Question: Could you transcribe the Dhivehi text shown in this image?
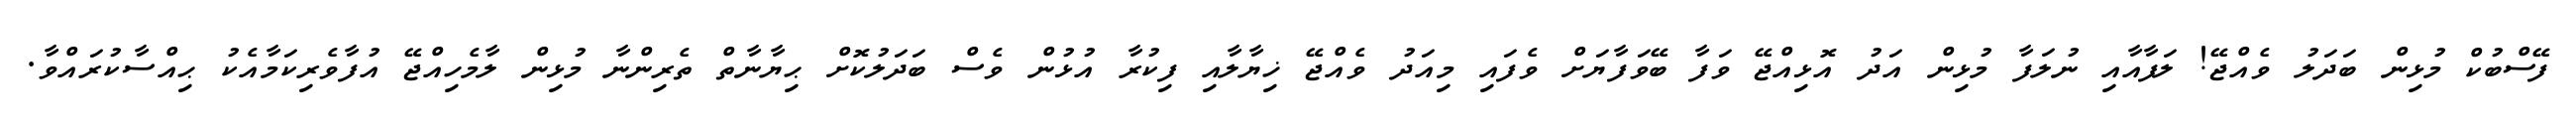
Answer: ފޭސްބުކް މުޅިން ބަދަލު ވެއްޖޭ! ލަފާއާއި ނުލަފާ މުޅިން އަދު އޮޅިއްޖޭ ވަފާ ބޭވަފާޔަށް ވެފައި މިއަދު ވެއްޖޭ ޚިޔާލާއި ފިކުރާ އުޅުން ވެސް ބަދަލުކޮށް ޙިޔާނާތް ތެރިންނާ މުޅިން ލާމެހިއްޖޭ އުފާވެރިކަމާއެކު ޙިއްސާކުރައްވާ.